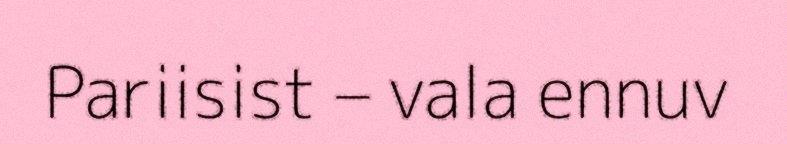
Pariisist – vala ennuv